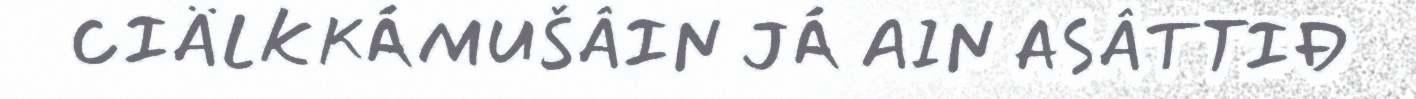
CIÄLKKÁMUŠÂIN JÁ AIN ASÂTTIĐ